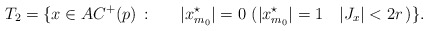
\begin{align*}T_2=\{x\in AC^+(p)\,:\,\, { \ }\quad|x^\star_{m_0}|=0\, \, (|x^\star_{m_0}|=1\quad|J_x|< 2r\, )\}.\end{align*}